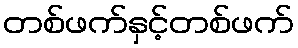
တစ်ဖက်နှင့်တစ်ဖက်